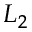
L _ { 2 }